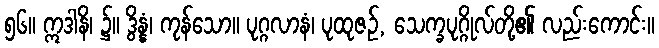
၅၆။ ဣဒါနိ၊ ၌။ ဒွိန္နံ၊ ကုန်သော။ ပုဂ္ဂလာနံ၊ ပုထုဇဉ်, သေက္ခပုဂ္ဂိုလ်တို့၏ လည်းကောင်း။